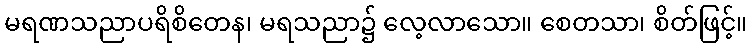
မရဏသညာပရိစိတေန၊ မရသညာ၌ လေ့လာသော။ စေတသာ၊ စိတ်ဖြင့်။